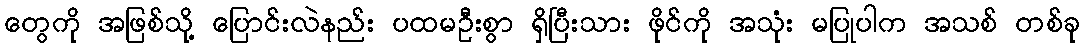
တွေကို အဖြစ်သို့ ပြောင်းလဲနည်း ပထမဦးစွာ ရှိပြီးသား ဖိုင်ကို အသုံး မပြုပါက အသစ် တစ်ခု